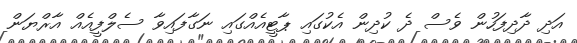
އަދި ދާދިފަހުން ވެސް ދެ ކުދިން އެކުގައި ޕާޓީއެއްގައި ނަގާފައިވާ ސެލްފީއެއް އާރްޔަން